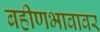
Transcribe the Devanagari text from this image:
बहीणभावावर